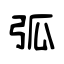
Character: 弧